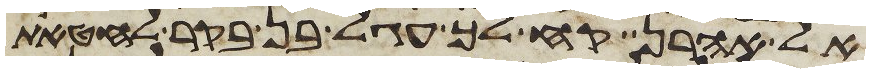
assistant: אל אהרן קח לך עגל בן בקר לחטאת